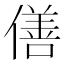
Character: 僐